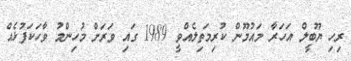
ރިހި ޔޫބީލް އަހަރާ މައުމޫން ކުރިމަތިލެއްވީ 1989 ގައި ވަރަށް މުހިންމު ވާހަކަފުޅެއް